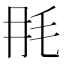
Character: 𣬭